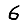
Digit: 6